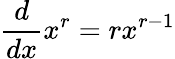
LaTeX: {\frac{d}{dx}}x^{r}=rx^{r-1}